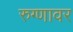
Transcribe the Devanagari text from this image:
रुग्णावर